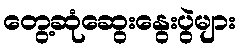
တွေ့ဆုံဆွေးနွေးပွဲများ